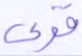
قوي